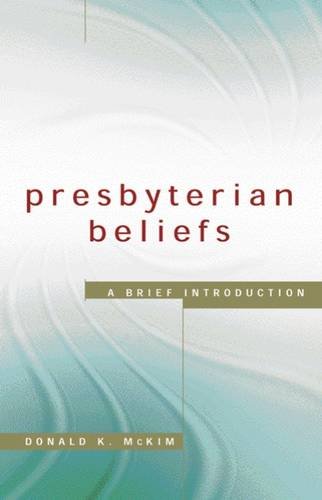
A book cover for Presbyterian Beliefs: A Brief Introduction; Donald K. McKim; Christian Books & Bibles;